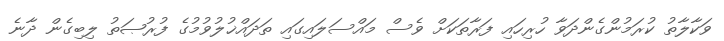
ވަކާލާތު ކުރަމުންގެންދަވާ ހުރިހައި ފަރާތަކަށް ވެސް މައްސަލައިގައި ތަދައްޚުލުވުމުގެ ފުރުޞަތު ލިބިގެން ދާނެ